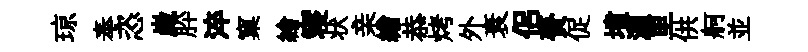
琼奉恣崴肸淬窠繪寝状亲繒恭烤外衰侣賚促墳渥里供舸並